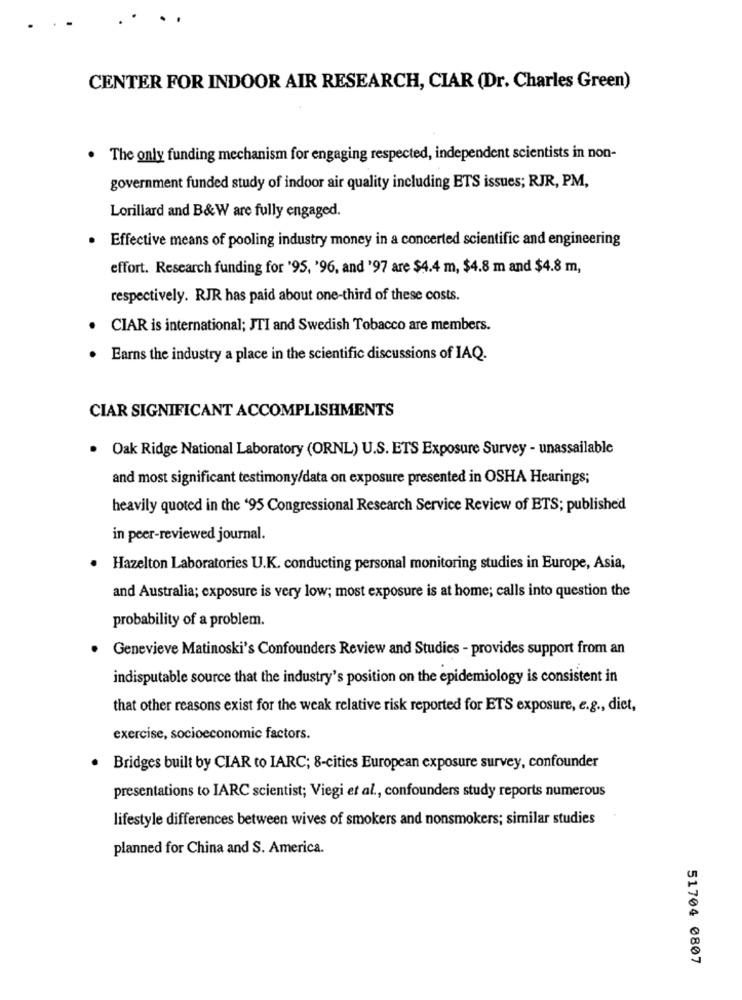
CENTER FOR INDOOR AIR RESEARCH, CIAR (Dr. Charles Green)
The only funding mechanism for engaging respected, independent scientists in non-
government funded study of indoor air quality including ETS issues; RJR, PM,
Lorillard and B&W are fully engaged.
· Effective means of pooling industry money in a concerted scientific and engineering
effort. Research funding for '95, '96, and '97 are $4.4 m, $4.8 m and $4.8 m,
respectively. RJR has paid about one-third of these costs.
CIAR is international; JTI and Swedish Tobacco are members.
Earns the industry a place in the scientific discussions of IAQ.
CIAR SIGNIFICANT ACCOMPLISHMENTS
. Oak Ridge National Laboratory (ORNL) U.S. ETS Exposure Survey - unassailable
and most significant testimony/data on exposure presented in OSHA Hearings;
heavily quoted in the '95 Congressional Research Service Review of ETS; published
in peer-reviewed journal.
Hazelton Laboratories U.K. conducting personal monitoring studies in Europe, Asia,
and Australia; exposure is very low; most exposure is at home; calls into question the
probability of a problem.
Genevieve Matinoski's Confounders Review and Studies - provides support from an
indisputable source that the industry's position on the epidemiology is consistent in
that other reasons exist for the weak relative risk reported for ETS exposure, e.g ., diet,
exercise, socioeconomic factors.
Bridges built by CIAR to IARC; 8-cities European exposure survey, confounder
presentations to IARC scientist; Viegi et al ., confounders study reports numerous
lifestyle differences between wives of smokers and nonsmokers; similar studies
planned for China and S. America.
51704 0807